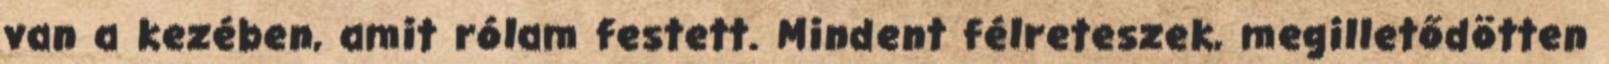
van a kezében, amit rólam festett. Mindent félreteszek, megilletődötten